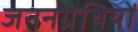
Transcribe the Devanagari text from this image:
जननग्रंथियों